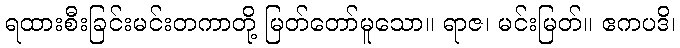
ရထားစီးခြင်းမင်းတကာတို့ မြတ်တော်မူသော။ ရာဇ၊ မင်းမြတ်။ ဧကပဒိ၊